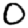
Digit: 0